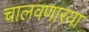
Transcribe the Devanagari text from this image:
चालवणारया